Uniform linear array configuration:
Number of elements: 8
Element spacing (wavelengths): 1
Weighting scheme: binomial
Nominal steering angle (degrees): -45
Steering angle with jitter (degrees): -46.617
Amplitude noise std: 0.05
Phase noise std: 0.05

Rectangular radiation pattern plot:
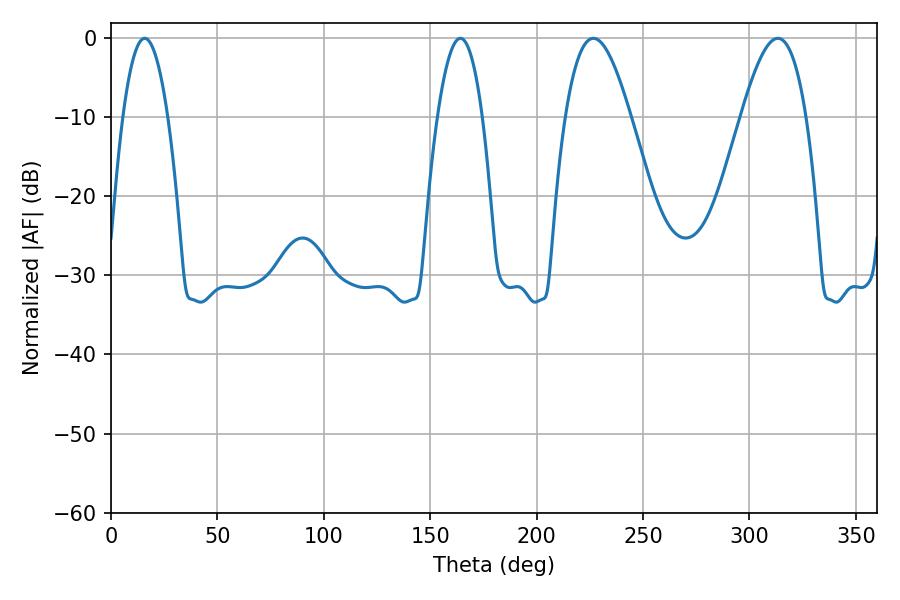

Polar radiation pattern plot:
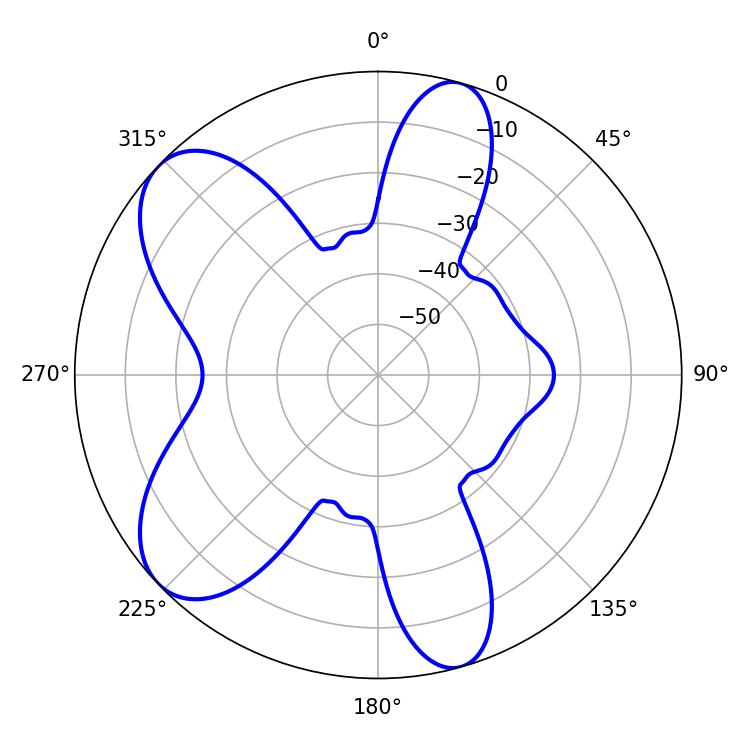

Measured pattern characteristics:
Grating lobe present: TRUE
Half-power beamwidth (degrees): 11.7
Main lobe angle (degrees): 164.16